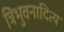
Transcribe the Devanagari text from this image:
त्रिभुवनादित्य